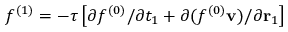
{ f ^ { ( 1 ) } } = - \tau \left[ { \partial { f ^ { ( 0 ) } } / \partial { t _ { 1 } } + \partial ( { f ^ { ( 0 ) } } { \bf { v } } ) / \partial { { \bf { r } } _ { 1 } } } \right]